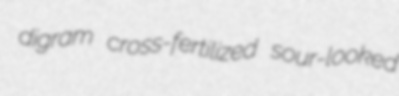
digram cross-fertilized sour-looked